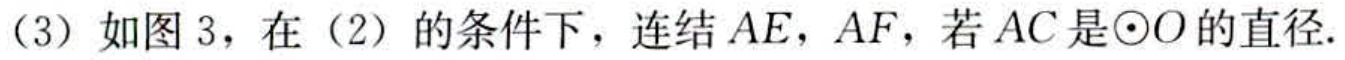
（3）如图 3，在（2）的条件下，连结 \(AE\)，\(AF\)，若 \(AC\)是\(\odot O\)的直径.